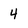
Character: 4